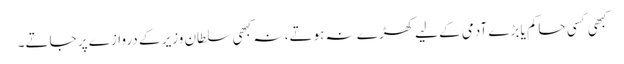
کبھی کسی حاکم یا بڑے آدمی کے لیے کھڑے نہ ہوتے، نہ کبھی سلطان وزیر کے دروازے پر جاتے۔